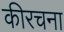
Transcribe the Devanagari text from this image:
कीरचना